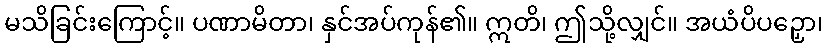
မသိခြင်းကြောင့်။ ပဏာမိတာ၊ နှင်အပ်ကုန်၏။ ဣတိ၊ ဤသို့လျှင်။ အယံပိပဉှော၊